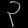
Digit: ၃